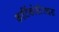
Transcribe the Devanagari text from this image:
कार्टिकोस्टेराइड